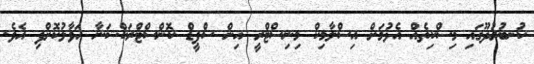
ކުނބުރުދޫގައި މިސްކިތެއް އެޅުމަށް އިސްލާމިކް މިނިސްޓްރީ އިން ސްޕީޑް ކޮންސްޓްރަކްޝަނާ ހަވާލުކޮށްފި އެވެ.